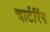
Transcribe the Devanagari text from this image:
चार्टरिंग